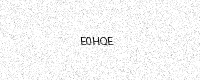
Text: E0HQE